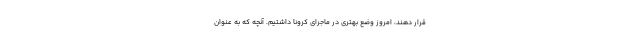
قرار دهند، امروز وضع بهتری در ماجرای کرونا داشتیم. آنچه که به عنوان